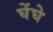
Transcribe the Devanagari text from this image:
घेंघे